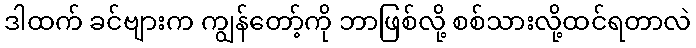
ဒါထက် ခင်ဗျားက ကျွန်တော့်ကို ဘာဖြစ်လို့ စစ်သားလို့ထင်ရတာလဲ